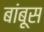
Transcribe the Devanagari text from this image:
बांबूस